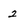
Character: 2